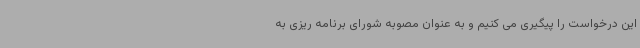
این درخواست را پیگیری می کنیم و به عنوان مصوبه شورای برنامه ریزی به